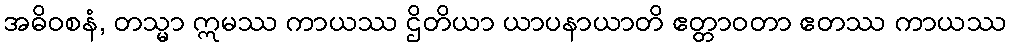
အဓိဝစနံ, တသ္မာ ဣမဿ ကာယဿ ဌိတိယာ ယာပနာယာတိ ဧတ္တာဝတာ ဧတဿ ကာယဿ